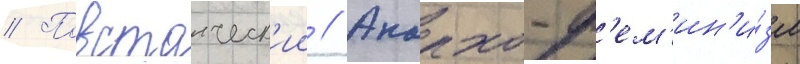
// Повстанческ'ии // Анархо-ф'ем'ин'и́зм